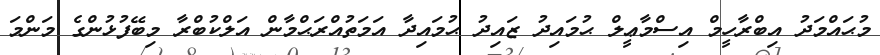
މުޙައްމަދު އިބްރާހީމް އިސްމާޢީލް ޙުމައިދު ޒައިދު ޙުމައިދާ އަމަތުއްރަޙްމާން އަލްކުބްރާ މިބޭފުޅުންގެ މަންމަ